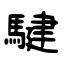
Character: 騝